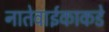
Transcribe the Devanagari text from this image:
नातेवाईकाकडे